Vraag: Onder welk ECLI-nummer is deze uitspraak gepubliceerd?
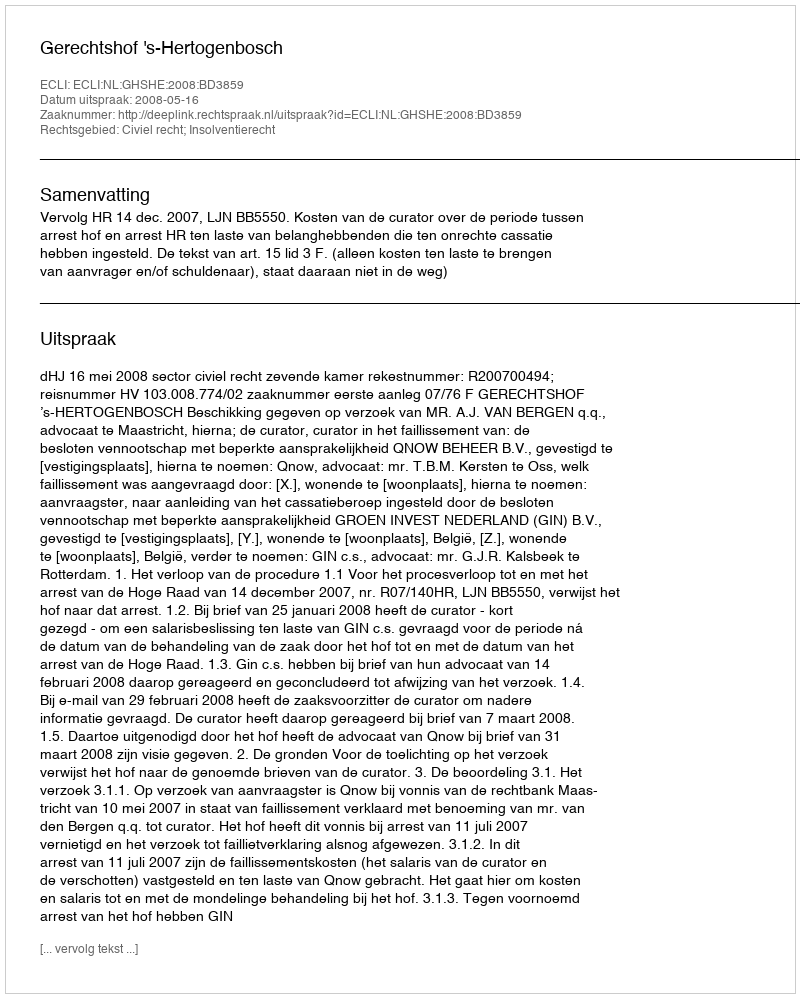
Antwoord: ECLI:NL:GHSHE:2008:BD3859